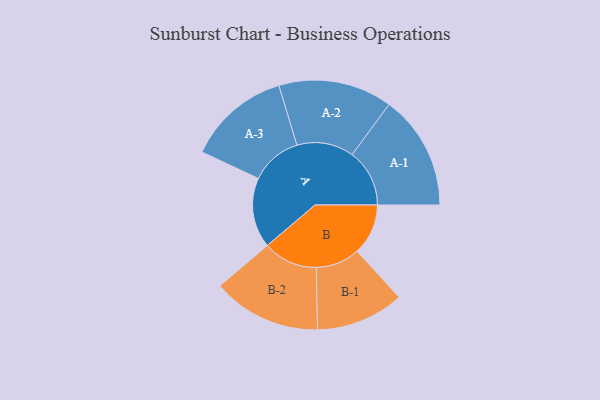
{"axis": {"x": "Segment", "y": "Value"}, "legend": ["", "A", "B"], "data": [{"x": "A", "y": 305, "type": ""}, {"x": "B", "y": 222, "type": ""}, {"x": "A-1", "y": 250, "type": "A"}, {"x": "A-2", "y": 248, "type": "A"}, {"x": "A-3", "y": 224, "type": "A"}, {"x": "B-1", "y": 192, "type": "B"}, {"x": "B-2", "y": 237, "type": "B"}]}